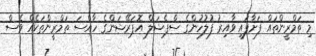
މި ތަމްރީންތައް ފަށާފައި ވާއިރު ފުލުހުންގެ ސްޕެޝަލް އޮޕަރޭޝަންގެ ހާއްސަ ތަމްރީންތަކެއް ވެސް